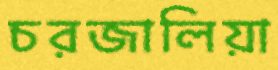
চরজালিয়া